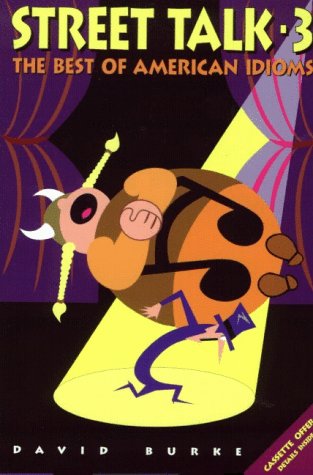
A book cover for Street Talk-3: The Best of American Idioms (v. 3); David Burke; Reference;